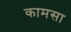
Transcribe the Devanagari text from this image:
कामसा